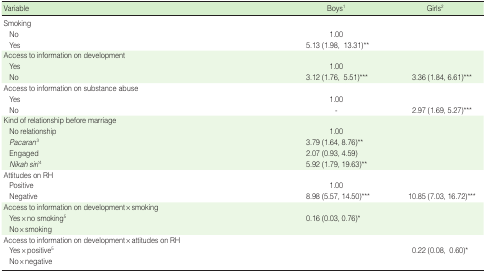
<table><thead><tr><td><b>Variable</b></td><td><b>Boys<sup>1</sup></b></td><td><b>Girls<sup>2</sup></b></td></tr></thead><tbody><tr><td>Smoking</td><td></td><td></td></tr><tr><td> No</td><td>1.00</td><td></td></tr><tr><td> Yes</td><td>5.13 (1.98, 13.31)<sup>**</sup></td><td></td></tr><tr><td>Access to information on development</td><td></td><td></td></tr><tr><td> Yes</td><td>1.00</td><td></td></tr><tr><td> No</td><td>3.12 (1.76, 5.51)<sup>***</sup></td><td>3.36 (1.84, 6.61)<sup>***</sup></td></tr><tr><td>Access to information on substance abuse</td><td></td><td></td></tr><tr><td> Yes</td><td>1.00</td><td></td></tr><tr><td> No</td><td>-</td><td>2.97 (1.69, 5.27)<sup>***</sup></td></tr><tr><td>Kind of relationship before marriage</td><td></td><td></td></tr><tr><td> No relationship</td><td>1.00</td><td></td></tr><tr><td> <i>Pacaran</i><sup>3</sup></td><td>3.79 (1.64, 8.76)<sup>**</sup></td><td></td></tr><tr><td> Engaged</td><td>2.07 (0.93, 4.59)</td><td></td></tr><tr><td> <i>Nikah siri</i><sup>4</sup></td><td>5.92 (1.79, 19.63)<sup>**</sup></td><td></td></tr><tr><td>Attitudes on RH</td><td></td><td></td></tr><tr><td> Positive</td><td>1.00</td><td></td></tr><tr><td> Negative</td><td>8.98 (5.57, 14.50)<sup>***</sup></td><td>10.85 (7.03, 16.72)<sup>***</sup></td></tr><tr><td>Access to information on developmentx smoking</td><td></td><td></td></tr><tr><td> Yes x no smoking<sup>5</sup></td><td>0.16 (0.03, 0.76)<sup>*</sup></td><td></td></tr><tr><td> No x smoking</td><td></td><td></td></tr><tr><td>Access to information on developmentx attitudes on RH</td><td></td><td></td></tr><tr><td> Yes x positive<sup>5</sup></td><td></td><td>0.22 (0.08, 0.60)<sup>*</sup></td></tr><tr><td> No x negative</td><td></td><td></td></tr></tbody></table>